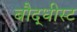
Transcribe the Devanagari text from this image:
बौद्धीस्ट